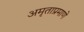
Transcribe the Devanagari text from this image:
अमृताप्रमाणे